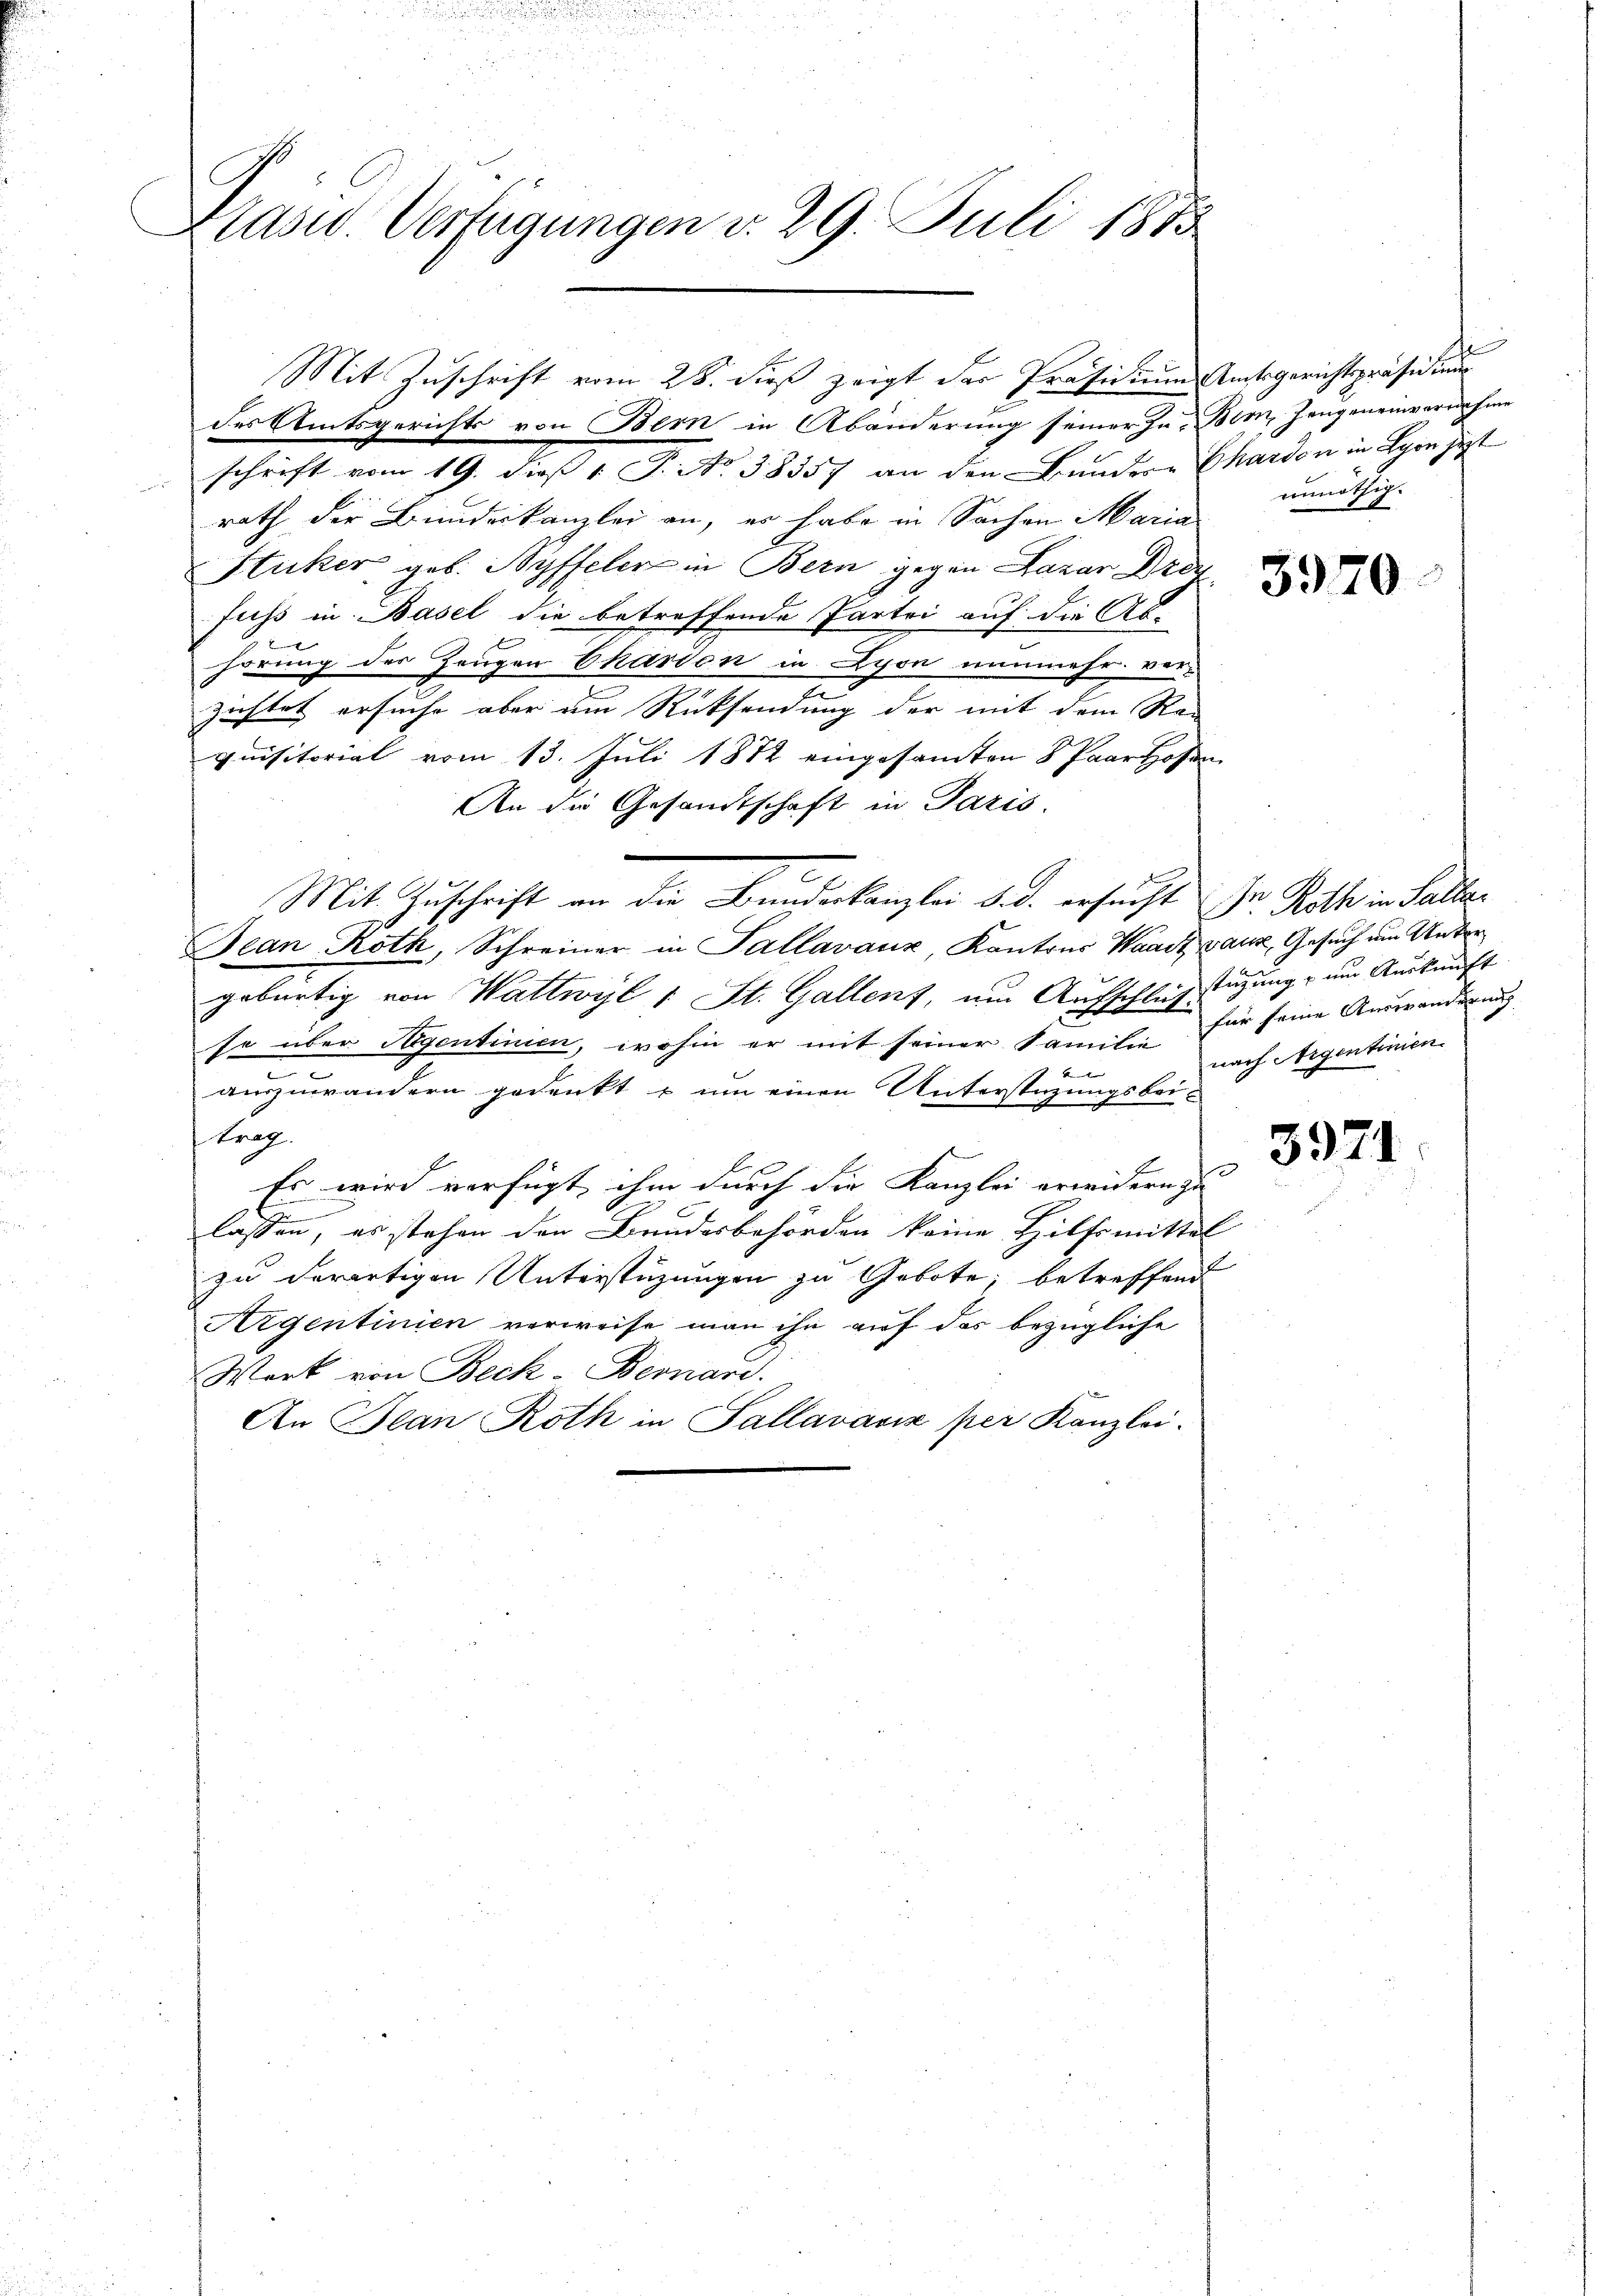
Masid. Verfügungen v. 29. Juli 188

Mit Zuschrift vom 28. dieß zeigt der Präsidium Amtsgerichtspräsidiu
des Amtsgerichts von Bern in Abänderung seiner zur Bem, Zeugeneinvernahme

schrift vom 19. dieß 1 S. No. 38557 an den Bundern Chardon in Lyon jetzt
rath der Bundeskanzlei an, es habe in Sachen Maria
Stuker geb. Ryffeler in Bern gegen Lazar Drey
fuss in Basel die betreffende Partei auf die Ab-
x
hörung der Zeugen Chardon in Lyon nunmehr verzichtet ersuche aber um Rücksendung der mit dem Ra-
quisitorial vom 13. Juli 1872 eingesamten 8 Paar Hosen
An die Gesandtschaft in Paris.
.
Mit Zuschrift an die Bunderkanzlei d. d. ersucht in Roth in Salla¬
Jean Roth, Schreiner in Pallavaux, Kantons Waadt, ganz, Gesuch um Untergebürtig von Wattwyl 1 St. Gallenz, um Aufschluß tüzung um Auskunft
.
so über Segentinien, wohin er mit seiner Familie für seine Auswanderung
u
e
auszuwändern gedenkt u um einen Unterstüzungsbei¬
 trag
Es wird verfügt, ihm durch die Kanzlei erwidern zu |
lassen, es stehen den Bundesbehörden keine Hilfsmittel
zu derartigen Unterstüzungen zu Gebote, betreffend
Aigentinien verweise man ihn auf das bezügliche
Werk von Beck-Bernard.
An Jean Roth in Sallavavia per Kanzlei-

unnöthig.

3970.

nach Aigentinien

3971